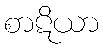
စာဋိယာ